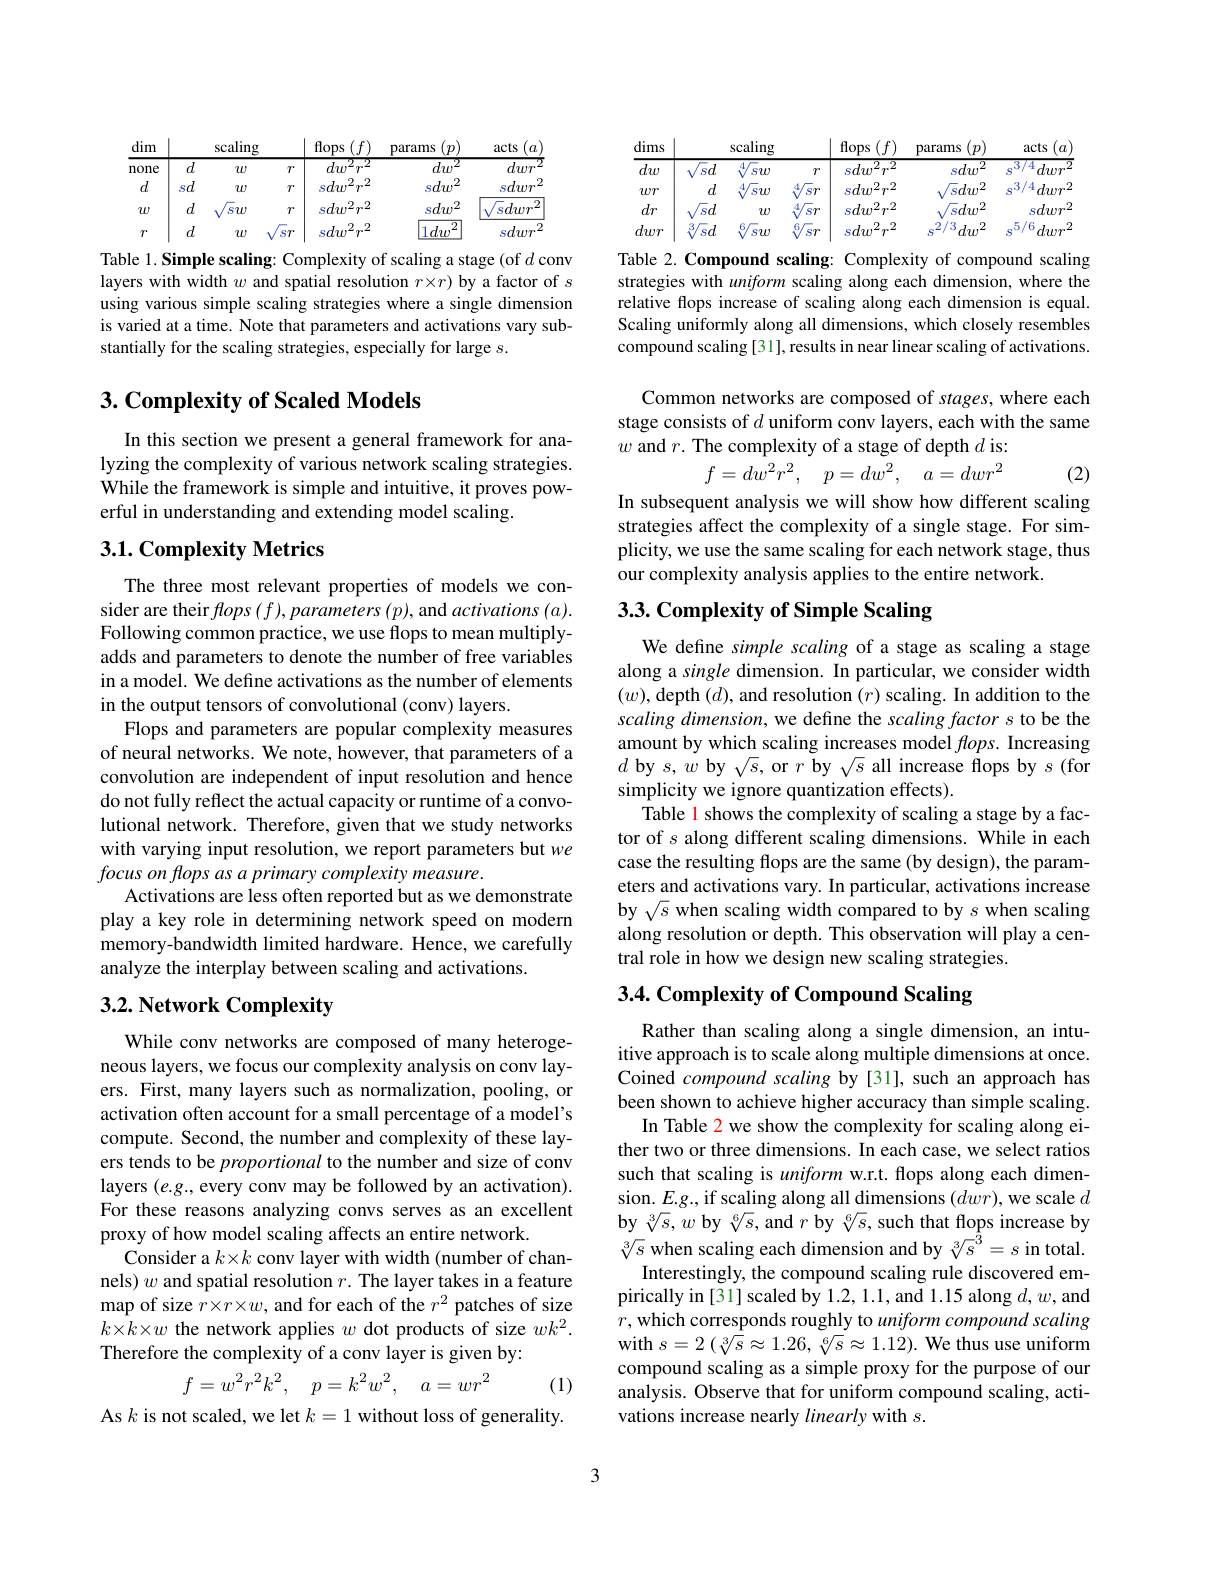
<table>
	<tbody>
		<tr>
			<th>dim</th>
			<th> </th>
			<th>scaling</th>
			<th> </th>
			<th>flops</th>
			<th>params</th>
			<th>acts $a$</th>
		</tr>
		<tr>
			<td>none</td>
			<td>$\overline{d}$</td>
			<td>$w$</td>
			<td>$T$</td>
			<td>${\overline{dw^{2}r^{2}}}$</td>
			<td>$dw^{2}$</td>
			<td>dwr</td>
		</tr>
		<tr>
			<td>$d$</td>
			<td>$sd$</td>
			<td>$w$</td>
			<td>$T$</td>
			<td>$sdw^2r^2$</td>
			<td>$sdw^{2}$</td>
			<td>sdwr</td>
		</tr>
		<tr>
			<td>$w$</td>
			<td>$d$</td>
			<td>$sw$</td>
			<td>$T$</td>
			<td>$sdw^2r^2$</td>
			<td>$sdw^2$</td>
			<td>2 $\sqrt{s}dwr^{\cdot}$</td>
		</tr>
		<tr>
			<td>$T$</td>
			<td>$d$</td>
			<td>$w$</td>
			<td>$\sqrt\text{S}{r}$</td>
			<td>$sdw^2r^2$</td>
			<td>$|1dw^{2}$</td>
			<td>sdwr</td>
		</tr>
	</tbody>
</table>

Table 1. Simple scaling: Complexity of scaling a stage (of $d$ conv layers with width $w$ and spatial resolution $r\times r)$ by a factor of $s$ using various simple scaling strategies where a single dimension is varied at a time. Note that parameters and activations vary substantially for the scaling strategies, especially for large $s.$

## $3. \textbf{Complexity of Scaled Models}$

In this section we present a general framework for analyzing the complexity of various network scaling strategies. While the framework is simple and intuitive, it proves powerful in understanding and extending model scaling.

## 3.1. Complexity Metrics

The three most relevant properties of models we consider are their $fops\left(f\right),parameters\left(p\right)$,and $activations\left(a\right).$ Following common practice, we use flops to mean multiplyadds and parameters to denote the number of free variables in a model. We define activations as the number of elements in the output tensors of convolutional (conv) layers.
Flops and parameters are popular complexity measures of neural networks. We note, however, that parameters of a convolution are independent of input resolution and hence do not fully reflect the actual capacity or runtime of a convolutional network. Therefore, given that we study networks with varying input resolution, we report parameters but we focus on flops as a primary complexity measure.
Activations are less often reported but as we demonstrate play a key role in determining network speed on modern memory-bandwidth limited hardware. Hence, we carefully analyze the interplay between scaling and activations.

## $3. 2. \textbf{ Network Complexity}$

While conv networks are composed of many heterogeneous layers, we focus our complexity analysis on conv layers. First, many layers such as normalization, pooling, or activation often account for a small percentage of a model's compute. Second, the number and complexity of these layers tends to be proportional to the number and size of conv layers $(e.g.$, every conv may be followed by an activation). For these reasons analyzing convs serves as an excellent proxy of how model scaling affects an entire network.
Consider a $k\times k$ conv layer with width (number of channels) $w$ and spatial resolution $r.$ The layer takes in a feature map of size $r\times r\times w$, and for each of the $r^2$ patches of size $k\times k\times w$ the network applies $w$ dot products of size $wk^2.$ Therefore the complexity of a conv layer is given by:
$$f=w^2r^2k^2,\quad p=k^2w^2,\quad a=wr^2$$
(1)

As $k$ is not scaled, we let $k=1$ without loss of generality.

<table>
	<tbody>
		<tr>
			<th>dims</th>
			<th> </th>
			<th>scaling</th>
			<th> </th>
			<th>flops</th>
			<th>params</th>
			<th>acts $a.$</th>
		</tr>
		<tr>
			<td>$dw$</td>
			<td>$\overline{\mathrm{\sqrt{s}}d}$</td>
			<td>$sw$</td>
			<td>$\mathcal{T}$</td>
			<td>$sdw^2r^2$</td>
			<td>$sdw^{2}$</td>
			<td>53/4 dwr S</td>
		</tr>
		<tr>
			<td>$wr$</td>
			<td>$d$</td>
			<td>$sw$</td>
			<td>$\sqrt\text{S}{r}$ $d$ </td>
			<td>$sdw^2r^2$</td>
			<td>$\sqrt\text{s}dw^2$</td>
			<td>$\mathbf{s}^3/4$ $dwr^{\varepsilon}$ -</td>
		</tr>
		<tr>
			<td>$dr$</td>
			<td>$\sqrt{\text{s}}d$</td>
			<td>$w$</td>
			<td>$\sqrt\text{S}{r}$ 1 1 1 </td>
			<td>$sdw^2r^2$</td>
			<td>$\sqrt\text{s}dw^2$</td>
			<td>sdwr</td>
		</tr>
		<tr>
			<td>dwr</td>
			<td>$\sqrt{\text{s}}d$ 3 </td>
			<td>$sw$</td>
			<td>$\overline{\mathrm{s}}_{7}$ 6 1 </td>
			<td>$sdw^2r^2$</td>
			<td>$c^2/3$ $^5dw^2$</td>
			<td>.5/6 dwr 2 S</td>
		</tr>
	</tbody>
</table>
Table 2. Compound scaling: Complexity of compound scaling

strategies with uniform scaling along each dimension, where the relative flops increase of scaling along each dimension is equal. Scaling uniformly along all dimensions, which closely resembles compound scaling [31], results in near linear scaling of activations.

Common networks are composed of stages, where each stage consists of $d$ uniform conv layers, each with the same $w$ and $r.$ The complexity of a stage of depth $d$ is:
$$f=dw^2r^2,\quad p=dw^2,\quad a=dwr^2$$
(2)

In subsequent analysis we will show how different scaling strategies affect the complexity of a single stage. For simplicity, we use the same scaling for each network stage, thus our complexity analysis applies to the entire network.

# 3.3. Complexity of Simple Scaling

We define simple scaling of a stage as scaling a stage along a single dimension. In particular, we consider width $(w)$,depth $(d)$,and resolution $(r)$ scaling. In addition to the scaling dimension, we define the scaling factor s to be the amount by which scaling increases model $fops.$ Increasing $d$ by $s,w$ by $\sqrt s$, or $r$ by $\sqrt s$ all increase flops by $s$(for simplicity we ignore quantization effects).
Table 1 shows the complexity of scaling a stage by a factor of $s$ along different scaling dimensions. While in each case the resulting flops are the same (by design), the parameters and activations vary. In particular, activations increase by $\sqrt{s}$ when scaling width compared to by $s$ when scaling along resolution or depth. This observation will play a central role in how we design new scaling strategies.

## $3. 4. \textbf{ Complexity of Compound Scaling}$

Rather than scaling along a single dimension, an intuitive approach is to scale along multiple dimensions at once. Coined compound scaling by[31], such an approach has been shown to achieve higher accuracy than simple scaling.
In Table 2 we show the complexity for scaling along either two or three dimensions. In each case, we select ratios such that scaling is uniform w.r.t. flops along each dimension. $E.g.$, if scaling along all dimensions $(dwr)$, we scale $d$ by $\sqrt[3]{s},w$ by $\sqrt[6]{s}$, and $r$ by $\sqrt[6]{s}$, such that flops increase by $\sqrt[3]{s}$ when scaling each dimension and by $\sqrt[3]{s}^3=s$ in total.
Interestingly, the compound scaling rule discovered empirically in [31] scaled by 1.2,1.1, and 1.15 along $d,w$,and $r$,which corresponds roughly to uniform compound scaling with $s=2\left(\sqrt[3]{s}\approx1.26,\sqrt[6]{s}\approx1.12\right).$ We thus use uniform compound scaling as a simple proxy for the purpose of our analysis. Observe that for uniform compound scaling, activations increase nearly linearly with $s.$

3